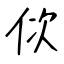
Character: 佽